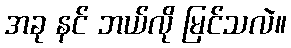
အခု နင် ဘယ်လို မြင်သလဲ။